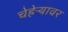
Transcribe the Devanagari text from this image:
चेहेऱ्यावर